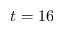
t = 1 6